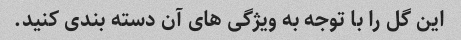
این گل را با توجه به ویژگی های آن دسته بندی کنید.